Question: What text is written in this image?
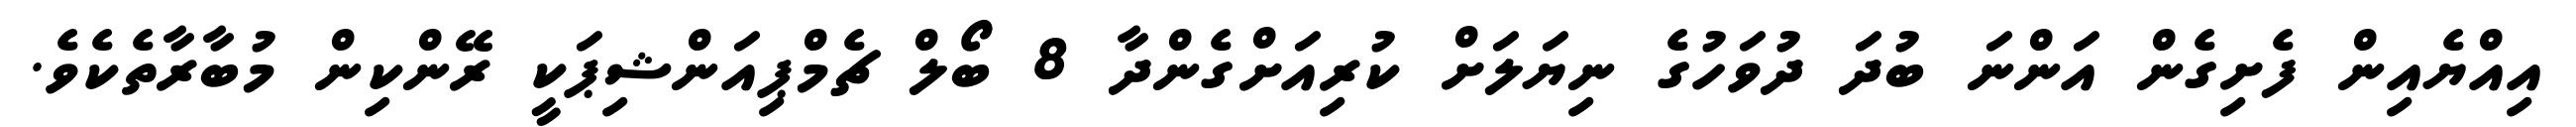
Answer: އިއްޔެއިން ފެށިގެން އަންނަ ބުދަ ދުވަހުގެ ނިޔަލަށް ކުރިއަށްގެންދާ 8 ބޯލް ޗެމްޕިއަންޝިޕަކީ ރޭންކިން މުބާރާތެކެވެ.